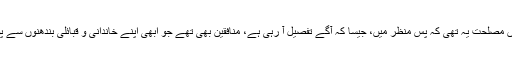
بات کے اس انداز سے کہنے میں مصلحت یہ تھی کہ پس منظر میں، جیسا کہ آگے تفصیل آ رہی ہے، منافقین بھی تھے جو ابھی اپنے خاندانی و قبائلی بندھنوں سے پوری طرح آزاد نہیں ہوئے تھے۔